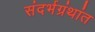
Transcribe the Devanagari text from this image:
संदर्भग्रंथांत